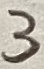
Text: 3